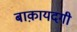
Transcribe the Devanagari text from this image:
बाक़ायदगी